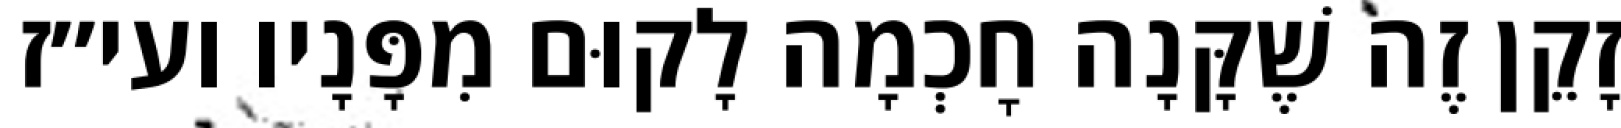
זָקֵן זֶה שֶׁקָּנָה חׇכְמָה לָקוּם מִפָּנָיו ועי״ז